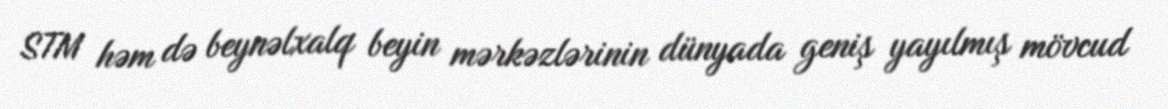
STM həm də beynəlxalq beyin mərkəzlərinin dünyada geniş yayılmış mövcud